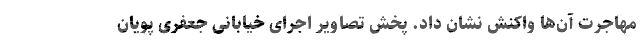
مهاجرت آن‌ها واکنش نشان داد. پخش تصاویر اجرای خیابانی جعفری پویان